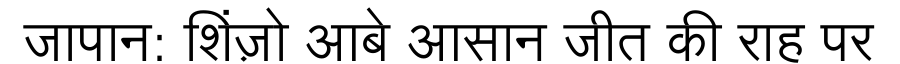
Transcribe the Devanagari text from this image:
जापान: शिंज़ो आबे आसान जीत की राह पर